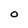
Character: O